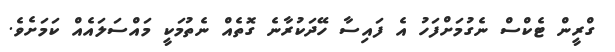
ގްރީން ޓެކްސް ނެގުމަށްފަހު އެ ފައިސާ ހޭދަކުރާނެ ގޮތެއް ނެތުމަކީ މައްސަލައެއް ކަމަށެވެ.